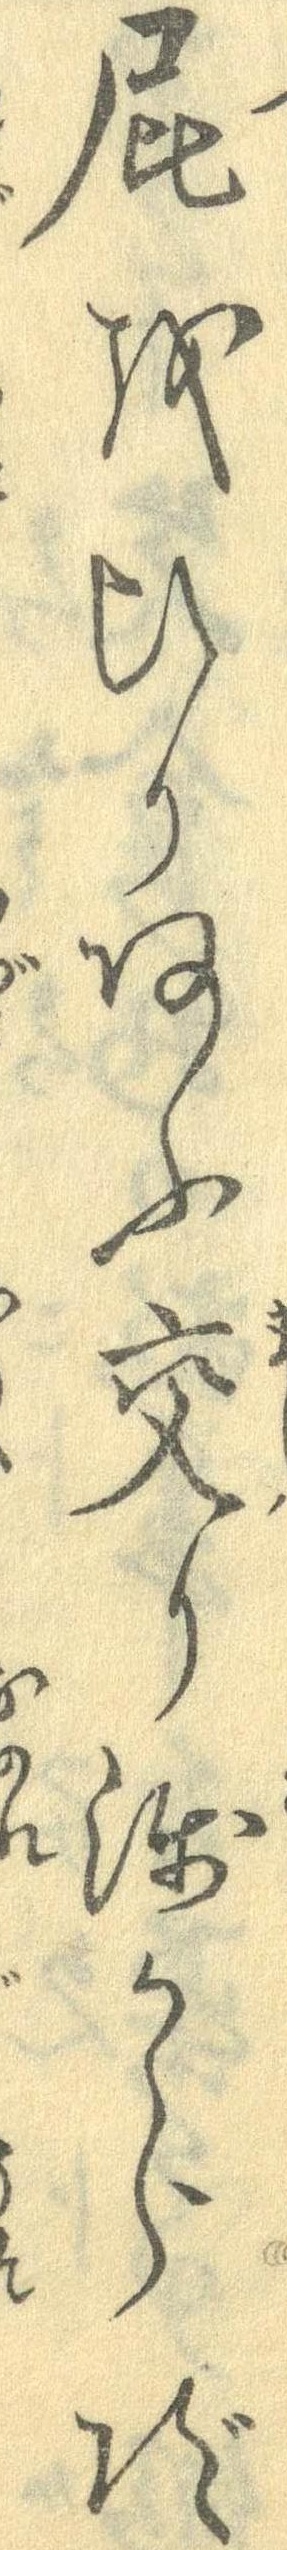
屁をひりあふ交り浅からず